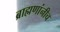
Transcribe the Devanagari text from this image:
ब्राह्मणांनीच